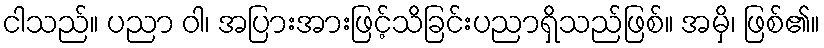
ငါသည်။ ပညာ ဝါ၊ အပြားအားဖြင့်သိခြင်းပညာရှိသည်ဖြစ်။ အမှိ၊ ဖြစ်၏။